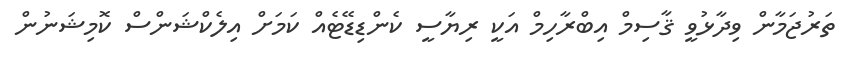
ތަރުޖަމާން ވިދާޅުވީ ޤާސިމް އިބްރާހިމް އަކީ ރިޔާސީ ކެންޑިޑޭޓެއް ކަމަށް އިލެކްޝަންސް ކޮމިޝަނުން